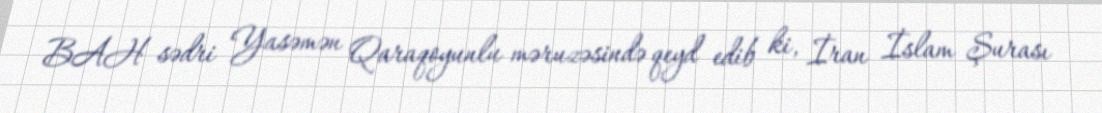
BAH sədri Yasəmən Qaraqoyunlu məruzəsində qeyd edib ki, İran İslam Şurası